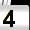
Digit: 4